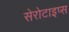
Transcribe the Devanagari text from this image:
सेरोटाइप्स